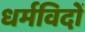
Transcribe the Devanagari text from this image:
धर्मविदों